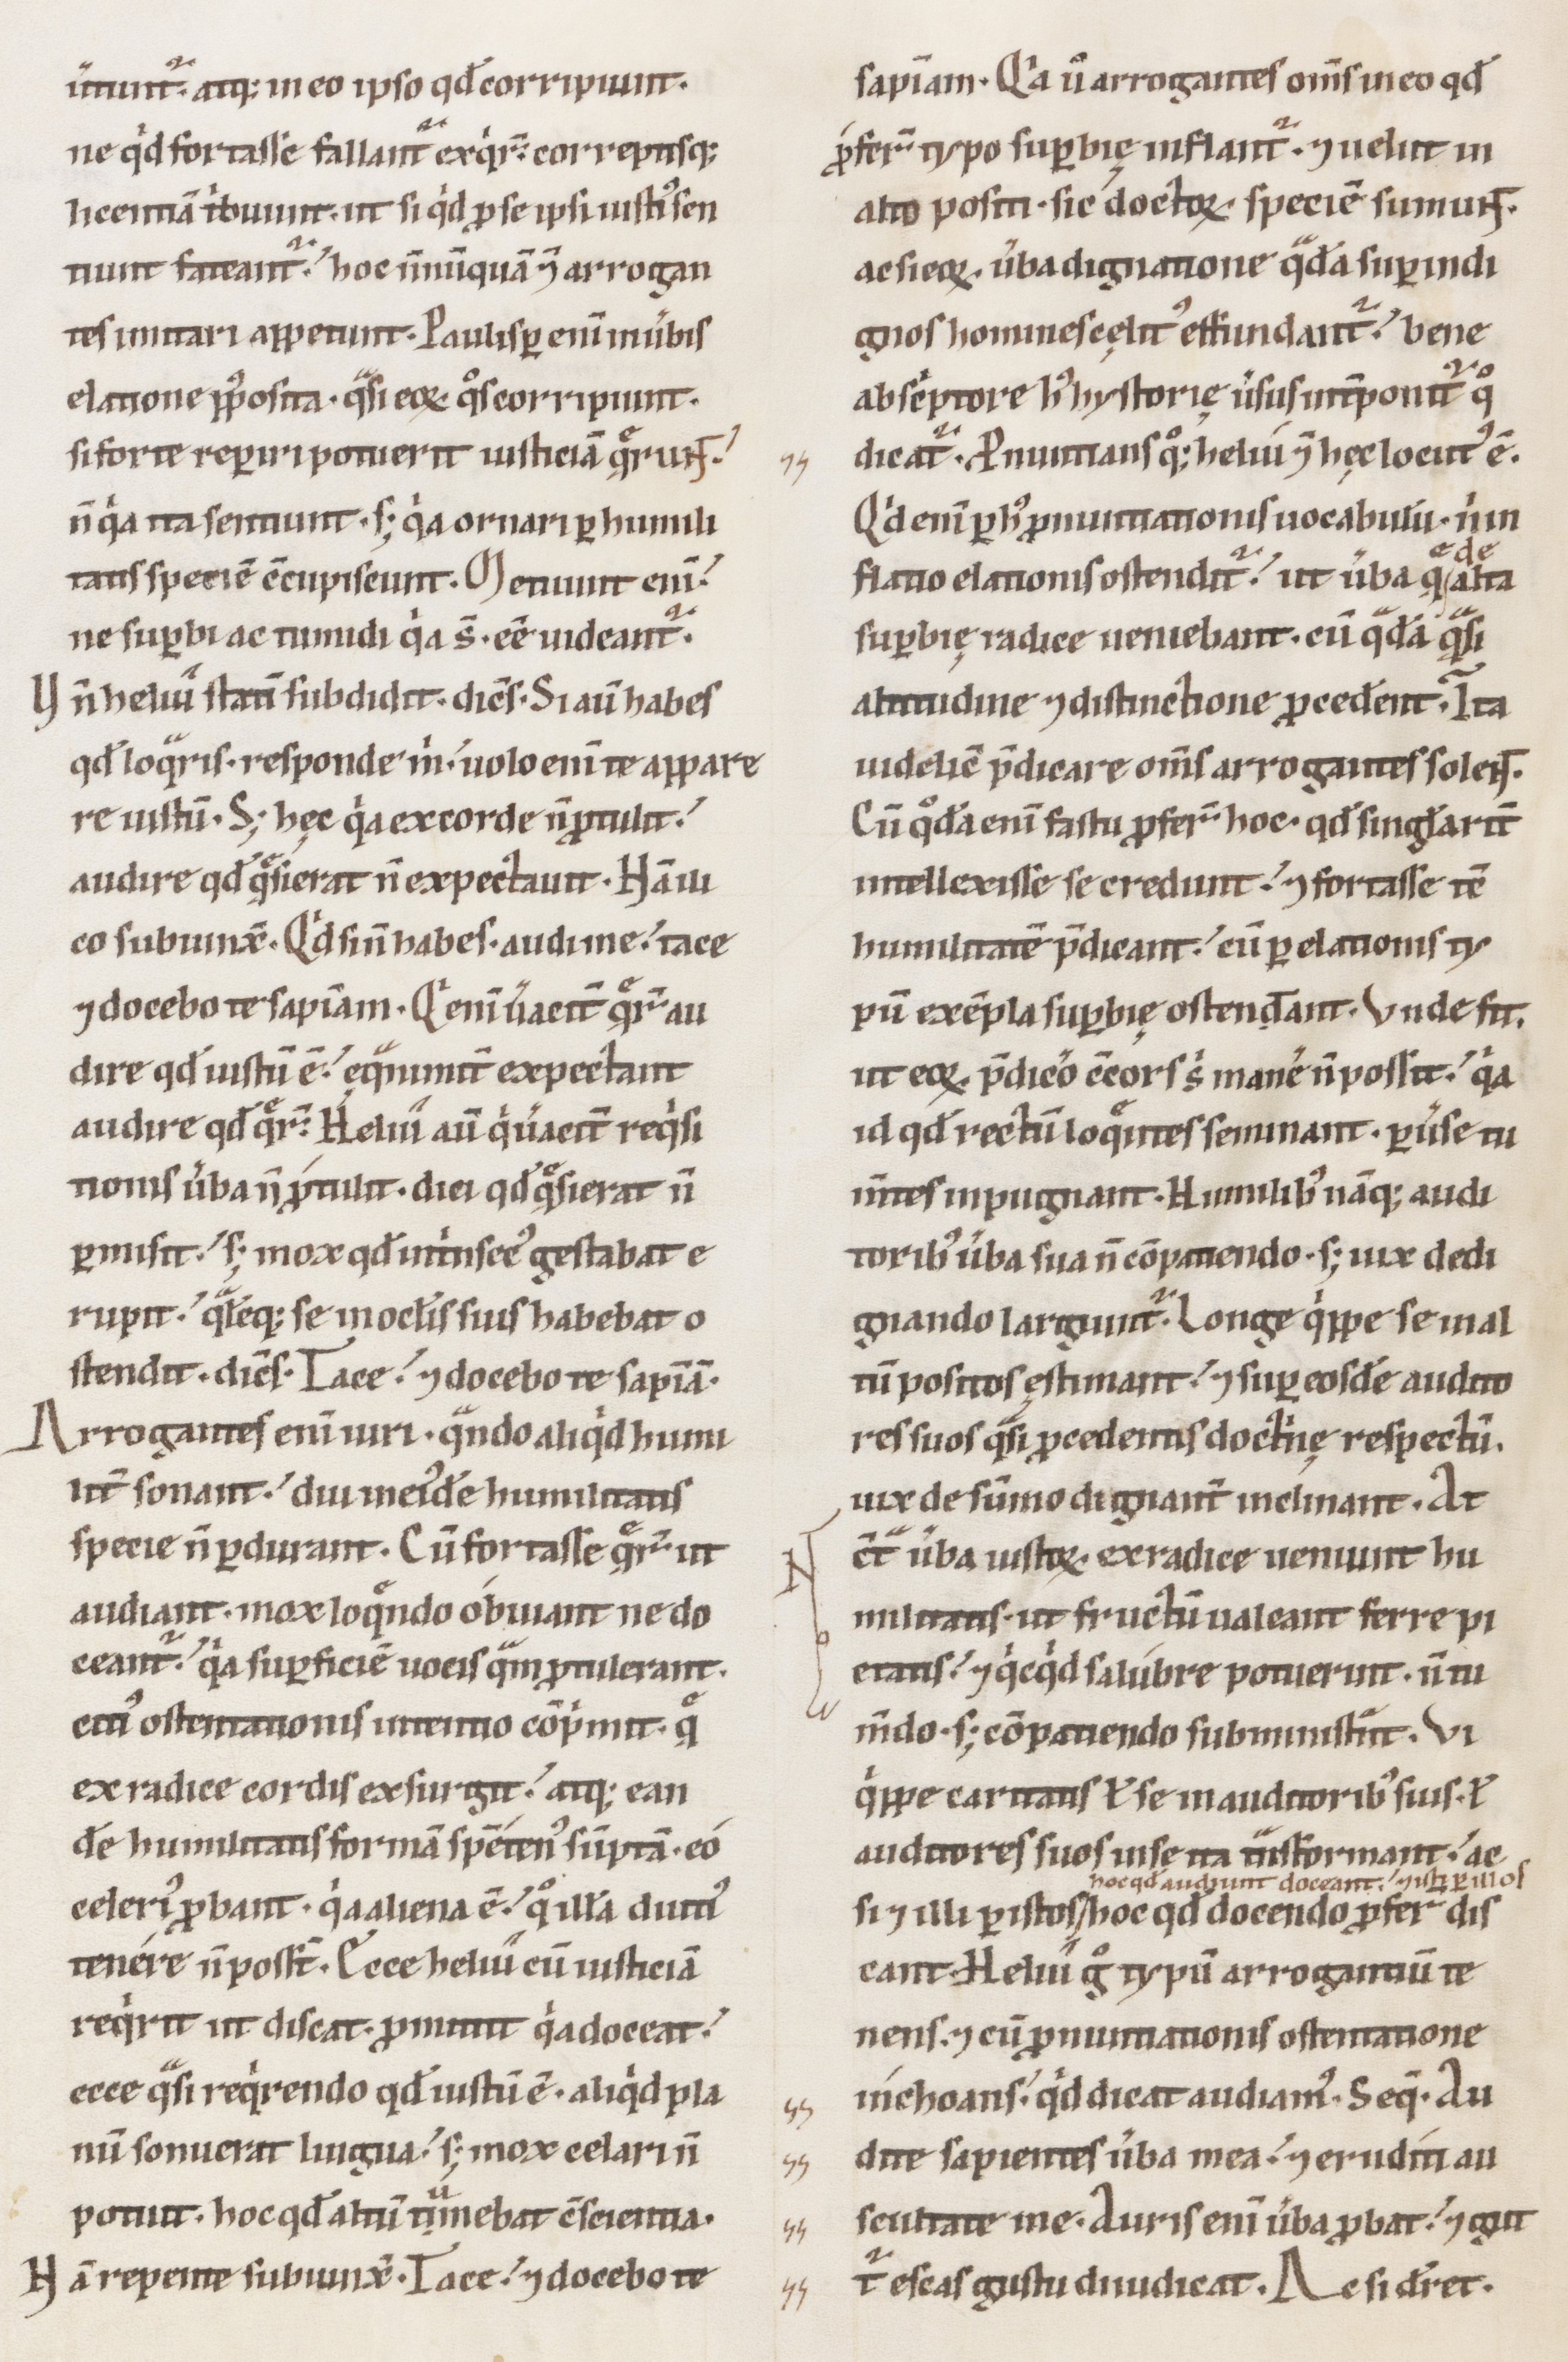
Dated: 1100–1199